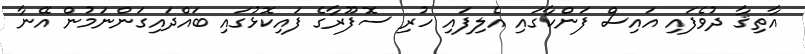
އާތިޤާ ދުވެފައި އައިސް ފަންކާގައި އެލިފައި ހުރި ސޮފޫރާގެ ފައިކޮޅުގައި ބައްދައިގަންނަމުން އޭނާ